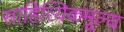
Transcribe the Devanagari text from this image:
साहित्यिकमूल्य